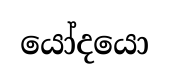
යෝදයො